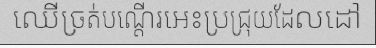
ឈើច្រត់បណ្តើរអេះប្រជ្រុយដែលដៅ